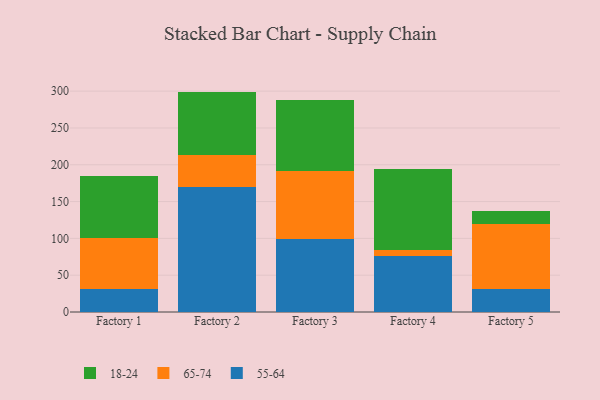
{"axis": {"x": "Factory", "y": "Conversion Rate (%)"}, "legend": ["18-24", "55-64", "65-74"], "data": [{"x": "Factory 1", "y": 31.5, "type": "55-64"}, {"x": "Factory 1", "y": 68.7, "type": "65-74"}, {"x": "Factory 1", "y": 84.5, "type": "18-24"}, {"x": "Factory 2", "y": 169.6, "type": "55-64"}, {"x": "Factory 2", "y": 44.0, "type": "65-74"}, {"x": "Factory 2", "y": 85.8, "type": "18-24"}, {"x": "Factory 3", "y": 99.0, "type": "55-64"}, {"x": "Factory 3", "y": 92.5, "type": "65-74"}, {"x": "Factory 3", "y": 96.6, "type": "18-24"}, {"x": "Factory 4", "y": 75.8, "type": "55-64"}, {"x": "Factory 4", "y": 9.1, "type": "65-74"}, {"x": "Factory 4", "y": 109.3, "type": "18-24"}, {"x": "Factory 5", "y": 31.0, "type": "55-64"}, {"x": "Factory 5", "y": 88.4, "type": "65-74"}, {"x": "Factory 5", "y": 17.4, "type": "18-24"}]}